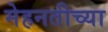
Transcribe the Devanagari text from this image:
मेहनतीच्या